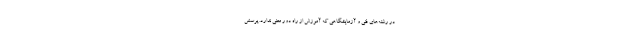
در رشته‌های فنی و آزمایشگاهی که آموزش از راه دور معنی ندارد. پرسش